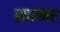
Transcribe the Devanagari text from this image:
साम्‍भर